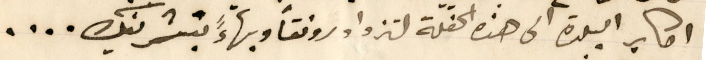
اكابر البلدة الى هذه الحفلة لتزداد رونقاً وبهاءً بتشريفك....